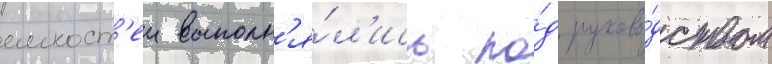
емкост'еи выполн'я́л'ись по́д руково́дством